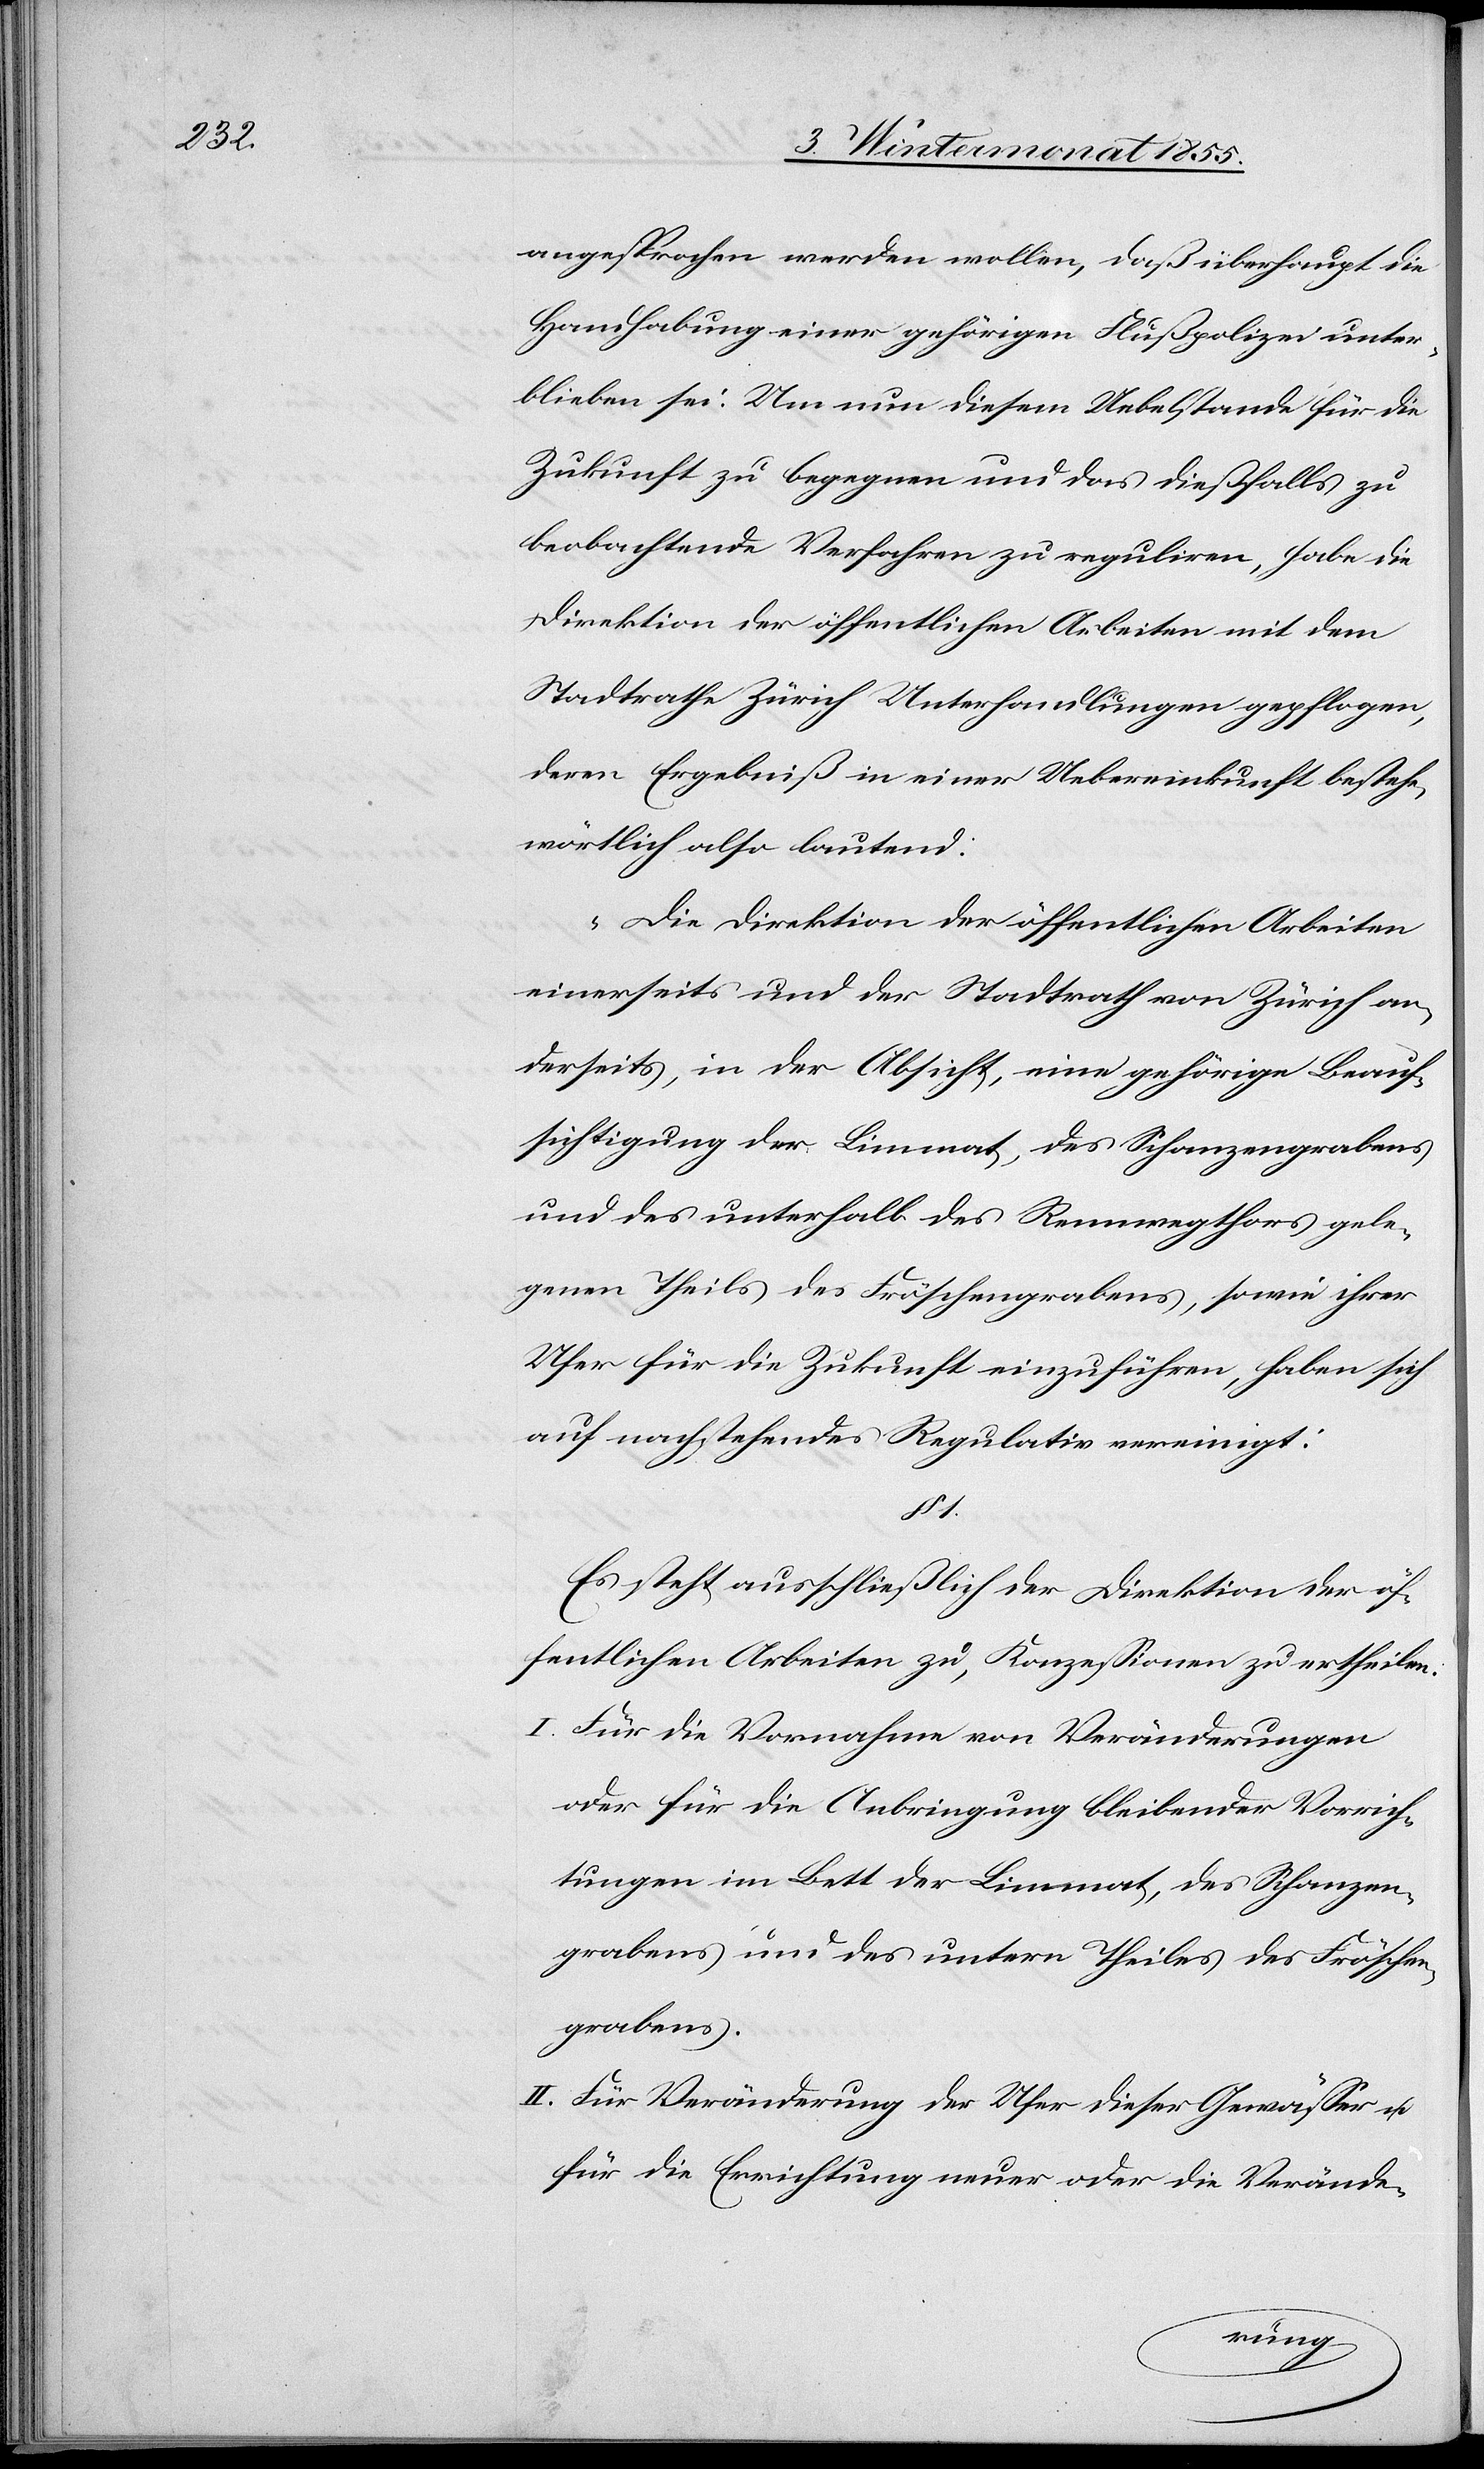
angesprochen werden wollen, daß überhaupt die
Handhabung einer gehörigen Flußpolizei unter¬
blieben sei. Um nun diesem Uebelstande für die
Zukunft zu begegnen und das dießfalls zu
beobachtende Verfahren zu reguliren, habe die
Direktion der öffentlichen Arbeiten mit dem
Stadtrathe Zürich Unterhandlungen gepflogen,
deren Ergebniß in einer Uebereinkunft bestehe,
wörtlich also lautend:
„Die Direktion der öffentlichen Arbeiten
einerseits und der Stadtrath von Zürich an¬
derseits, in der Absicht, eine gehörige Beauf¬
sichtigung der Limmat, des Schanzengrabens
und des unterhalb des Rennwegthors gele¬
genen Theils des Fröschengrabens, sowie ihrer
Ufer für die Zukunft einzuführen, haben sich
auf nachstehendes Regulativ vereinigt:
§ 1.
Es steht ausschließlich der Direktion der öf¬
fentlichen Arbeiten zu, Konzessionen zu ertheilen.
Für die Vornahme von Veränderungen
oder für die Anbringung bleibender Vorrich¬
tungen im Bett der Limmat, des Schanzen¬
grabens und des untern Theiles des Fröschen¬
grabens.
Für Veränderung der Ufer dieser Gewässer u.
für die Errichtung neuer oder die Verände-